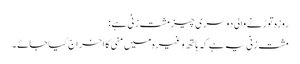
روزہ توڑنے والی دوسری چیز مشت زنی ہے :
مشت زنی یہ ہے کہ ہاتھ وغیرہ میں منی کا اخراج کیا جائے ۔